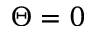
\Theta = 0